Report on vaccination in the Province of Bengal - 1869-1873
Year: 1869
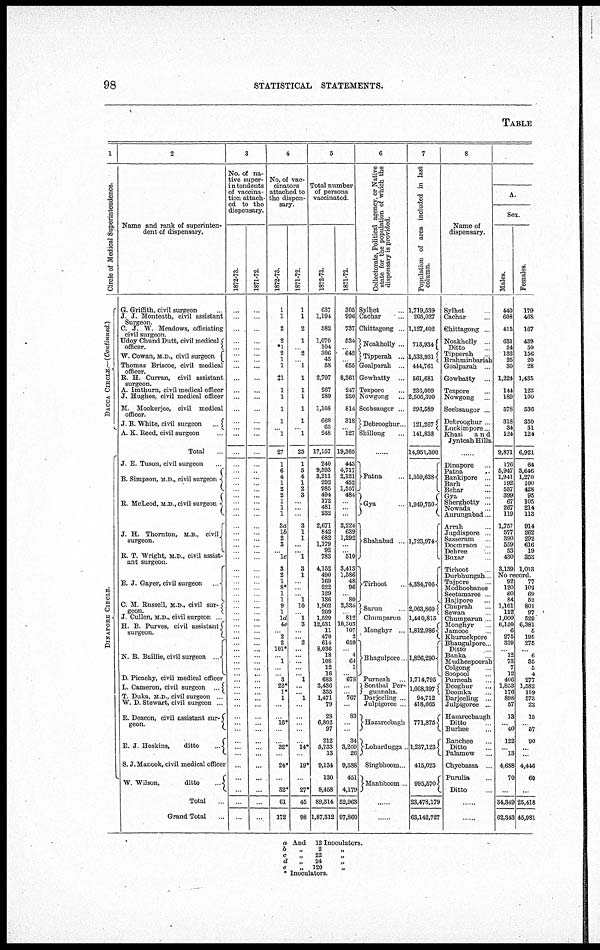
98
STATISTICAL STATEMENTS.
TABLE
1
Circle of Medical Superintendence.
DACCA CIRCLE— (Continued)
DINAPORE CIRCLE
2
Name and rank of superinten-
dent of dispensary.
G. Griffith, civil surgeon ...
J. J. Monteath, civil assistant
Surgeon.
C. J. W. Meadows, officiating
civil surgeon
Udoy Chund Dutt, civil medical
officer.
W. Cowan, M. D., civil surgeon
Thomas Briscoe, civil medical
officer.
R. H. Curran, civil assistant
surgeon.
A. Imthurn, civil medical officer
J. Hughes, civil medical officer
M. Mookerjee, civil medical
officer.
J. B. White, civil surgeon
...
A. K. Reed, civil surgeon ...
Total ...
J. E. Tuson, civil surgeon ...
B. Simpson, M.D., civil surgeon
R. McLeod, M.D., civil surgeon
J. H. Thornton, M.B., civil
surgeon.
R. T. Wright, M D., civil assist-
ant surgeon.
E. J. Gayer, civil surgeon. ...
C. M. Russell, M. D., civil sur¬
geon.
J. Cullen, M.D., civil surgeon ...
H. B. Purves, civil assistant
surgeon.
N. B Bailhe, civil surgeon
...
D. Picachy, civil medical officer
L. Cameron, civil surgeon
...
T. Duka, M. D., civil surgeon ...
W. D. Stewart, civil surgeon ...
R. Deacon, civil assistant sur¬
geon.
E. J. Hoskins,
ditto
...
S. J.Manook, civil medical officer
W. Wilson,
ditto
...
Total ...
Grand Total ...
3
No. of na-
tive super-
intendents
of vaccina-
tion attach-
ed to the
dispensary.
1872-73.
...
...
...
...
...
...
...
...
...
...
...
...
...
...
...
...
...
...
...
...
...
...
...
...
...
...
...
...
...
...
...
...
...
...
... ...
...
...
... ...
...
...
...
...
...
...
...
...
... ...
...
...
...
...
...
...
...
...
...
...
...
...
...
...
...
1871-72.
...
...
...
...
...
...
...
...
...
...
...
...
...
...
...
...
...
...
...
...
...
...
...
...
...
...
...
...
...
...
...
...
...
... ...
...
...
... ...
...
...
...
...
...
...
...
...
... ...
...
...
...
...
...
...
...
...
...
...
...
...
...
...
...
4
No, of vac-
cinators
attached to
the dispen-
sary.
1872-73.
1
1
2
2
*1
2
1
1
‡1
1
1
1
1
...
1
27
1
6
4
1
2
2
1
1
1
8a
1b
2
8
... 1c
3
2
1
8*
1
1
9
1
1d
4e
... 2
2
101*
... 1
...
... 3
22*
1*
1
...
...
16*
...
...
32*
...
24*
...
32*
61
172
1871-72.
1
1
2
1
...
2
...
l
1
1
1
1
1
...
1
25
1
5
4
1
2
3
...
...
...
3
1
1
...
... 1
8
1
...
... ... 1
10
... 1
8
...
... 2
...
...
...
...
... 1
...
... l
...
...
...
...
...
14*
...
19*
...
27*
45
98
5
Total number
of persons
vaccinated
1872-73.
637
1,194
582
1,070
104
306
45
58
2,797
267
289
1,168
668
65
248
17,157
240
9,593
8,211
292
985
494
172
481
232
2,671
842
682
1,179
92
783
4,152
490
169
222
129
136
1,902
209
1,529
12,531
11
470
614
8,036
18
108
12
16
683
3,436
335
1,471
79
28
6,802
97
212
5,733
13
9,134
130
8,458
89,314
1,87,312
1871-72.
305
996
787
534
...
642
...
655
8,361
247
250
814
318
...
127
19,365
443
4,717
2,121
452
1,557
484
...
...
...
2,224
639
1,292
...
... 510
3,413
1,586
48
96
... 80
2,334
... 812
10,303
107
2
659
... 4
64
1
... 678
...
... 767
...
83
...
...
34
3,209
26
9,588
451
4,179
52,963
97,860
6
Collectorate, Political agency, or Native
state for the population of which the
dispensary is provided.
Sylhet ...
Cachar ...
Chittagong ...
Noakholly ...
Tipperah ...
Goalparah ...
Gowhatty ...
Tezpore ...
Nowgong ...
Seebsaugor ...
Debrooghur
Shillong ...
...
Patna
Gya
Shahabad.
Tirhoot
Sarun
Chumparun
Monghyr ...
Bhagulpore
Purneah
Sonthal Per¬
gunnahs. Darjeeling
Julpigoree
Hazareebagh
Lohardugga.
Singbhoom..
Manbhoom
...
...
7
Population of area included in last
column.
1,719,539
205,027
1,127,402
713,934
1,533,931
444,761
561,681
236,009
2,506,390
296,589
121,267
141,838
14,951,300
1,559,6384
1,949,750
1,723,974
4,884,706
2,063,860
1,440,815
1,812,986
1,826,290
1,714,795
1,068,397
94,712
418,665
771,875
1,237,123
415,023
995,670
23,478,179
63,142,727
8
Name of
dispensary.
Sylhet ...
Cachar ...
Chittagong ...
Noakholly
Ditto
Tipperah
Brahminbariah
Goalparah
Gowhatty
Tezpore
Nowgong
Seebsaugor
Debrooghur
Luckimpore
Khasi
and
Jynteah Hills.
...
Dinapore
Patna
Bankipore
Barh
Behar ...
Gya
Sherghotty
Nowada
Aurungabad.
Arrah
Jugdispore
Sasseram
Doomraon
Dehree
Buxar
Tirhoot
Durbhungah
Tajpore
Modhoobanee
Seetamaree
Hajipore
Chuprah
Sewan
Chumparun
Monghyr
Jamooe
Khuruckpore
Bhaugulpore
Ditto
Banka
Mudheepoorah
Colgong
Soopool
Purneah
Deoghur
Doomka
Darjeeling ...
Julpigoree ..
Hazareebaugh
Ditto
Burhee
Ranchee
Ditto
Palomow ...
Chyebassa
Puruha
Ditto
...
...
A.
Sex.
Males
440
608
415
631
54
133
25
30
1,224
144
189
578
318
34
124
9,871
176
5,947
1,941
192
557
399
67
267
119
1,757
577
390
559
53
430
3,139
Females.
179
468
167
439
50
156
20
28
1,435
123
100
536
350
31
124
6,921
64
3,646
1,270
100
428
95
105
214
113
914
262
292
616
19
353
1,013
No record.
92
120
60
84
1,101
112
1,000
6,150
6
275
339
... 12
73
7
12
406
1,853
176
898
57
13
... 40
122
... 13
4,688
70
...
34,349
62,343
77
102
69
52
801
97
529
6,381
5
195
275
... 6
35
5
4
277
1,582
139
573
22
15
... 57
90
...
...
4,446
60
...
25,418
45,981
a And 12 Inoculators.
b
„
2 „
c
„
22 „
d
„
24 „
e
„ 120 „
* Inoculators.